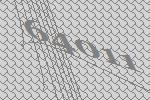
64011